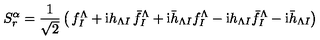
S _ { r } ^ { \alpha } = { \frac { 1 } { \sqrt { 2 } } } \left( \begin{matrix} { f _ { I } ^ { \Lambda } + \mathrm { i } h _ { \Lambda I } } & { \bar { f } _ { I } ^ { \Lambda } + \mathrm { i } \bar { h } _ { \Lambda I } } \\ { f _ { I } ^ { \Lambda } - \mathrm { i } h _ { \Lambda I } } & { \bar { f } _ { I } ^ { \Lambda } - \mathrm { i } \bar { h } _ { \Lambda I } } \\ \end{matrix} \right)